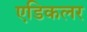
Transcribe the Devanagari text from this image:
एडिकलर